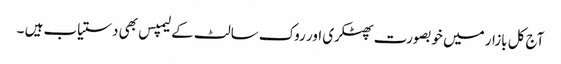
آج کل بازار میں خوبصورت پھٹکری اور روک سالٹ کے لیمپس بھی دستیاب ہیں ۔